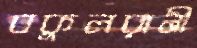
বকুলরানী